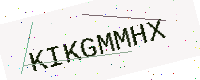
Text: KIKGMMHX